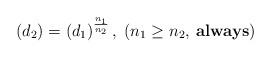
LaTeX: \begin{align*}\left(d_2 \right)= \left(d_1\right) ^{\frac{n_1}{n_2}},\;(n_1\geq n_2,\:\mathrm{\textbf{always}})\end{align*}